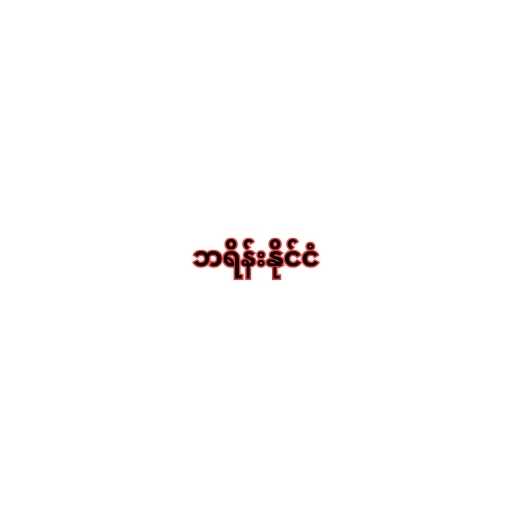
ဘရိန်းနိုင်ငံ